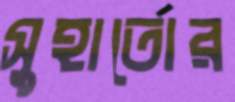
সুহার্তোর